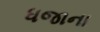
ધજાના